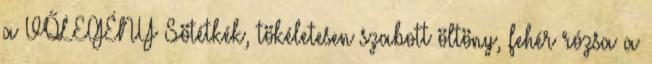
a VŐLEGÉNY Sötétkék, tökéletesen szabott öltöny, fehér rózsa a